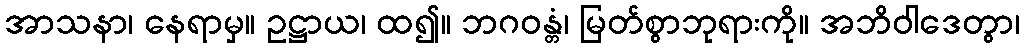
အာသနာ၊ နေရာမှ။ ဥဋ္ဌာယ၊ ထ၍။ ဘဂဝန္တံ၊ မြတ်စွာဘုရားကို။ အဘိဝါဒေတွာ၊